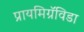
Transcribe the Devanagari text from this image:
प्रायमिग्रॅविडा